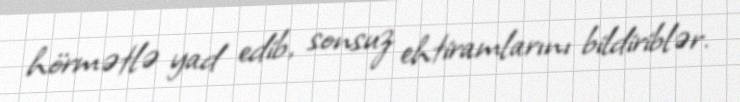
hörmətlə yad edib, sonsuz ehtiramlarını bildiriblər.